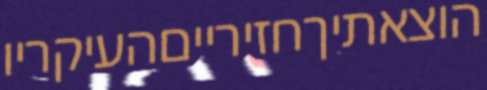
הוצאתיךחזירייםהעיקריו